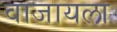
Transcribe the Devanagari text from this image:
वाजायला